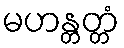
မဟန္တတ္တံ